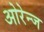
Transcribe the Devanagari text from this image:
ओरेन्ज